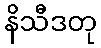
နိသီဒတု